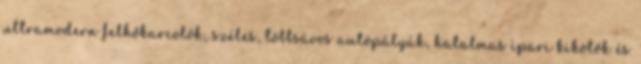
ultramodern felhőkarcolók, széles, többsávos autópályák, hatalmas ipari kikötők és